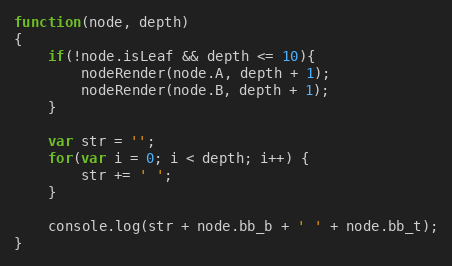
Language: JavaScript
function(node, depth)
{
    if(!node.isLeaf && depth <= 10){
        nodeRender(node.A, depth + 1);
        nodeRender(node.B, depth + 1);
    }

    var str = '';
    for(var i = 0; i < depth; i++) {
        str += ' ';
    }

    console.log(str + node.bb_b + ' ' + node.bb_t);
}